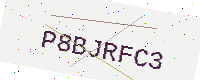
Text: P8BJRFC3